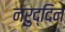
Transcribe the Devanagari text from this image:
नरुद्दिन